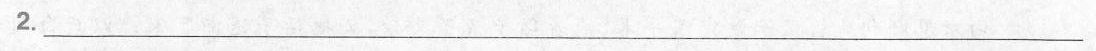
2.___